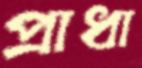
প্রাধা